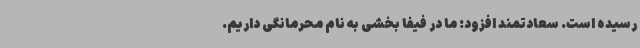
رسیده است. سعادتمند افزود: ما در فیفا بخشی به نام محرمانگی داریم.